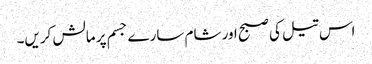
اس تیل کی صبح اور شام سارے جسم پر مالش کریں۔